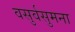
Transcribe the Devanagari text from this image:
वसुर्वसुमना